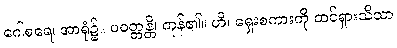
ဂေါစရေ၊ အာရုံ၌။ ပဝတ္တန္တိ၊ ကုန်၏။ ဟိ၊ ရှေးစကားကို ထင်ရှားသိသာ